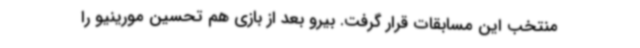
منتخب این مسابقات قرار گرفت. بیرو بعد از بازی هم تحسین مورینیو را